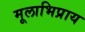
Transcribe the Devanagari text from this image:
मूलाभिप्राय